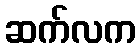
ဆက်လက